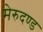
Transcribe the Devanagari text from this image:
मेरुदण्‍ड